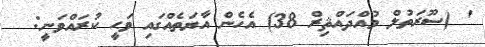
' (ސޫރަތުލް މުއްދައްޘިރް 38) އެހެން އާޔަތެއްގައި ވަޙީ ކުރައްވަނީ: